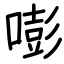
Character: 嘭